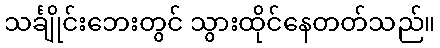
သင်္ချိုင်းဘေးတွင် သွားထိုင်နေတတ်သည်။